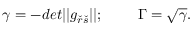
\gamma = - d e t | | g _ { \check { r } \check { s } } | | ; \quad \quad \ \Gamma = \sqrt { \gamma } .